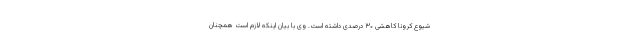
شیوع کرونا کاهشی ۳۰ درصدی داشته است. وی با بیان اینکه لازم است همچنان